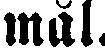
mål.